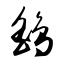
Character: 鹞